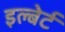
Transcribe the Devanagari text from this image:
इल्बेर्ट